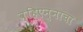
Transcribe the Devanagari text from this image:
व्हिएन्नाचा